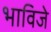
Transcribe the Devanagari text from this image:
भाविजे